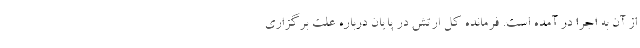
از آن به اجرا در آمده است. فرمانده کل ارتش در پایان درباره علت برگزاری